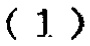
\((1)\)